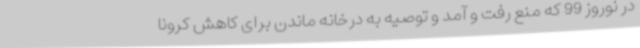
در نوروز 99 که منع رفت و آمد و توصیه به درخانه ماندن برای کاهش کرونا